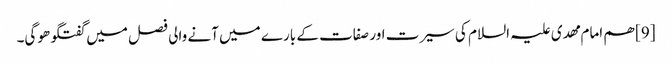
[9] ھم امام مھدی علیہ السلام کی سیرت اور صفات کے بارے میں آنے والی فصل میں گفتگو ھوگی۔